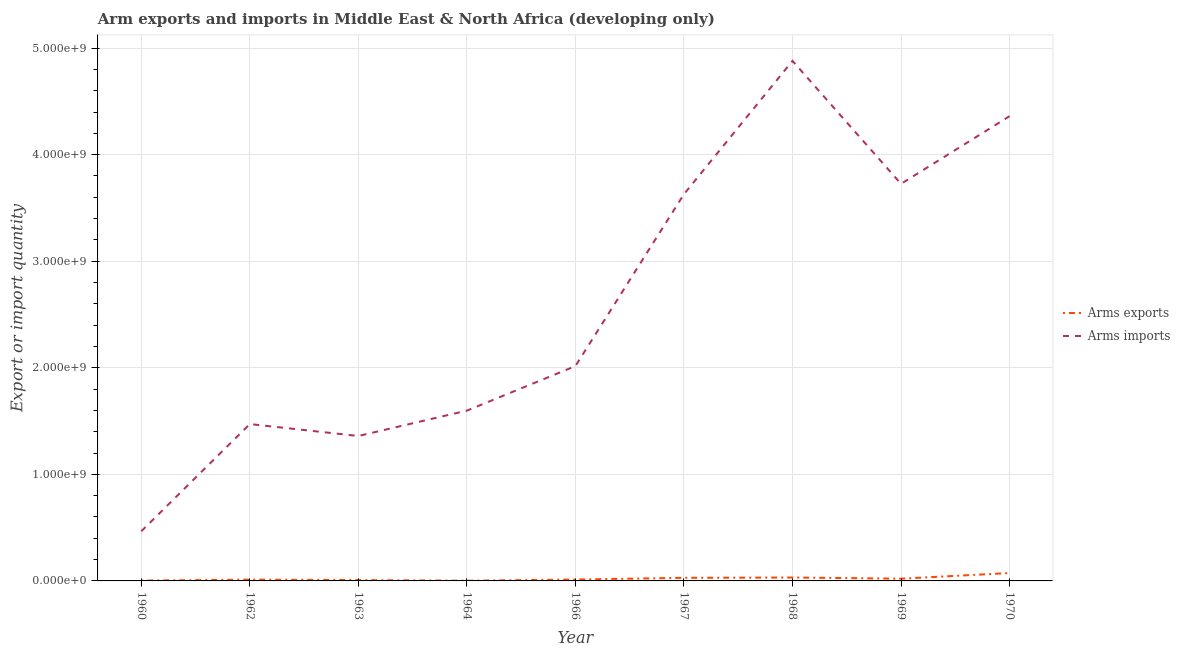
| Year | Arms exports | Arms imports |
 | --- | --- | --- |
 | 1960 | 3e+06 | 4.66e+08 |
 | 1962 | 1.2e+07 | 1.47e+09 |
 | 1963 | 8e+06 | 1.36e+09 |
 | 1964 | 2e+06 | 1.6e+09 |
 | 1966 | 1.3e+07 | 2.02e+09 |
 | 1967 | 2.9e+07 | 3.63e+09 |
 | 1968 | 3.2e+07 | 4.88e+09 |
 | 1969 | 2.1e+07 | 3.73e+09 |
 | 1970 | 7.4e+07 | 4.36e+09 |